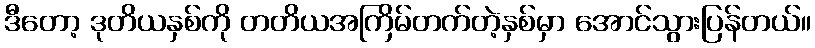
ဒီတော့ ဒုတိယနှစ်ကို တတိယအကြိမ်တက်တဲ့နှစ်မှာ အောင်သွားပြန်တယ်။